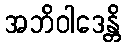
အဘိဝါဒေန္တိ